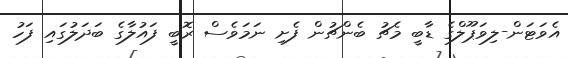
އެވަޓަން-ލިވަޕޫލްގެ ޑާބީ މެޗު ބެންޗުން ފެށި ނަމަވެސް ރޮބީ ފައުލާގެ ބަދަލުގައި ފަހު